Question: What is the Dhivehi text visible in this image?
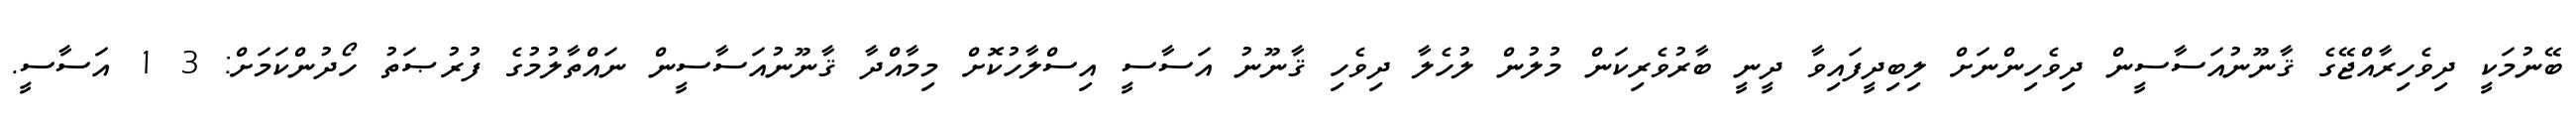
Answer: ބޭނުމަކީ ދިވެހިރާއްޖޭގެ ޤާނޫނުއަސާސީން ދިވެހިންނަށް ލިބިދީފައިވާ ދީނީ ބާރުވެރިކަން މުލުން ލުހެލާ ދިވެހި ޤާނޫނު އަސާސީ އިސްލާހުކޮށް މިމާއްދާ ޤާނޫނުއަސާސީން ނައްތާލުމުގެ ފުރުޞަތު ހޯދުންކަމަށް: 3 1 އަސާސީ.